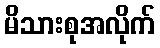
မိသားစုအလိုက်